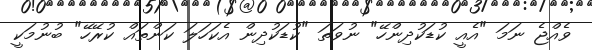
ވެއްޖެ ނަމަ "އެއީ ކުޑަކުދިންހޭ" ނުވަތަ "ކުޑަކުދިން އެކަހަލަ ކަންތައް ކުރޭހޭ" ބުނުމަކީ